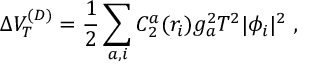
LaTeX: \Delta V _ { T } ^ { ( D ) } = { \frac { 1 } { 2 } } \sum _ { a , i } C _ { 2 } ^ { a } ( r _ { i } ) g _ { a } ^ { 2 } T ^ { 2 } | \phi _ { i } | ^ { 2 } \; ,